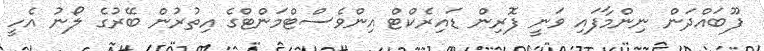
ފޫބައްދަން ނިންމާފައި ވަނީ ފޮރިން ޑައިރެކްޓް އިންވެސްޓްމަންޓްގެ އިތުރުން ބޭރުގެ ލޯނު އެހީ